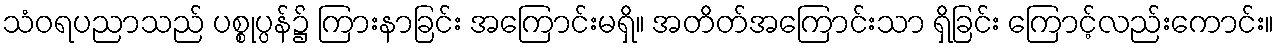
သံဝရပညာသည် ပစ္စုပ္ပန်၌ ကြားနာခြင်း အကြောင်းမရှိ။ အတိတ်အကြောင်းသာ ရှိခြင်း ကြောင့်လည်းကောင်း။